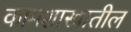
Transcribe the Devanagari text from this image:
कामशास्त्रातील